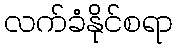
လက်ခံနိုင်စရာ